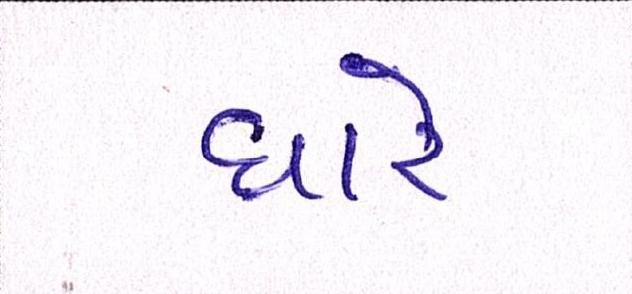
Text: ધારે